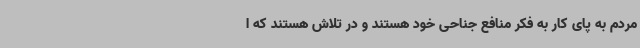
مردم به پای کار به فکر منافع جناحی خود هستند و در تلاش هستند که ا